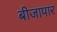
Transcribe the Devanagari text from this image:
बीजापार